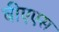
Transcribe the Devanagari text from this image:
बीएएस